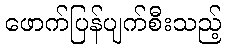
ဖောက်ပြန်ပျက်စီးသည့်